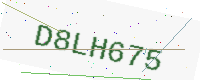
Text: D8LH675